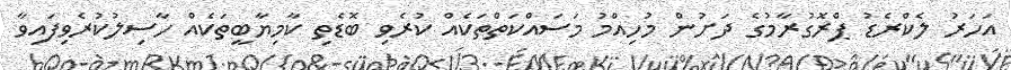
އަހަރު ލެކްރެޑު ޕްރޮގުރާމުގެ ދަށުން މުހިއްމު މަސައްކަތްތަކެއް ކުރެވި ބޮޑެތި ކާމިޔާބީތަކެއް ހާސިލުކުރެވިފައިވާ